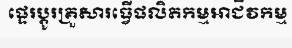
ផ្ទេរប្តូរគ្រួសារធ្វើផលិតកម្មអាជីវកម្ម